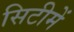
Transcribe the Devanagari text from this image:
सिटीमें